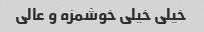
خیلی خیلی خوشمزه و عالی